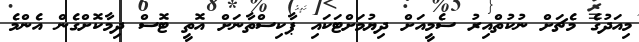
މިއަދުގެ މެޗަށް ނުކުތްއިރު ސެމީއަށް ދިޔުމަށްޓަކައި ޕާކިސްތާނަށް އޮތީ ޓޮސް ދިމާކޮށްގެން އެންމެ